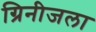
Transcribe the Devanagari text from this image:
ग्रिनीजला